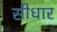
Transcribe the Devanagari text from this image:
सीधार